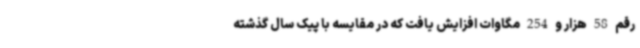
رقم 58 هزار و 254 مگاوات افزایش یافت که در مقایسه با پیک سال گذشته